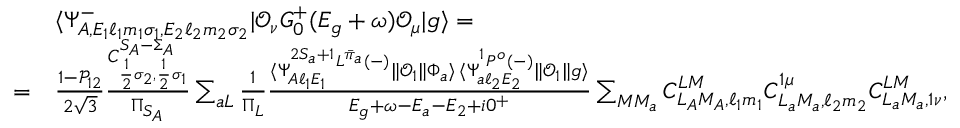
\begin{array} { r l } & { \langle \Psi _ { A , E _ { 1 } \ell _ { 1 } m _ { 1 } \sigma _ { 1 } , E _ { 2 } \ell _ { 2 } m _ { 2 } \sigma _ { 2 } } ^ { - } | \mathcal { O } _ { \nu } G _ { 0 } ^ { + } ( E _ { g } + \omega ) \mathcal { O } _ { \mu } | g \rangle = } \\ { = } & { \frac { 1 - \mathcal { P } _ { 1 2 } } { 2 \sqrt { 3 } } \frac { C _ { \frac { 1 } { 2 } \sigma _ { 2 } , \frac { 1 } { 2 } \sigma _ { 1 } } ^ { S _ { A } - \Sigma _ { A } } } { \Pi _ { S _ { A } } } \sum _ { a L } \frac { 1 } { \Pi _ { L } } \frac { \langle \Psi _ { A \ell _ { 1 } E _ { 1 } } ^ { ^ { 2 S _ { a } + 1 } L ^ { \bar { \pi } _ { a } } ( - ) } \| \mathcal { O } _ { 1 } \| \Phi _ { a } \rangle \, \langle \Psi _ { a \ell _ { 2 } E _ { 2 } } ^ { { ^ 1 P ^ { o } } ( - ) } \| \mathcal { O } _ { 1 } \| g \rangle } { E _ { g } + \omega - E _ { a } - E _ { 2 } + i 0 ^ { + } } \sum _ { M M _ { a } } C _ { L _ { A } M _ { A } , \ell _ { 1 } m _ { 1 } } ^ { L M } C _ { L _ { a } M _ { a } , \ell _ { 2 } m _ { 2 } } ^ { 1 \mu } C _ { L _ { a } M _ { a } , 1 \nu } ^ { L M } , } \end{array}